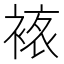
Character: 𧛅